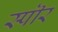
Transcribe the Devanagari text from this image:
स्पॊर